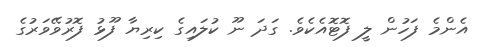
އެންމެ ފަހުން ލީ ފޮޓޮއެކެވެ. ގަދަ ނޫ ކުލައިގެ ކިރިޔާ ފޫޅު ފޮރުވޭވަރުގެ